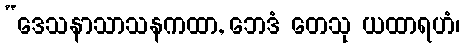
“ဒေသနာသာသနကထာ, ဘေဒံ တေသု ယထာရဟံ၊